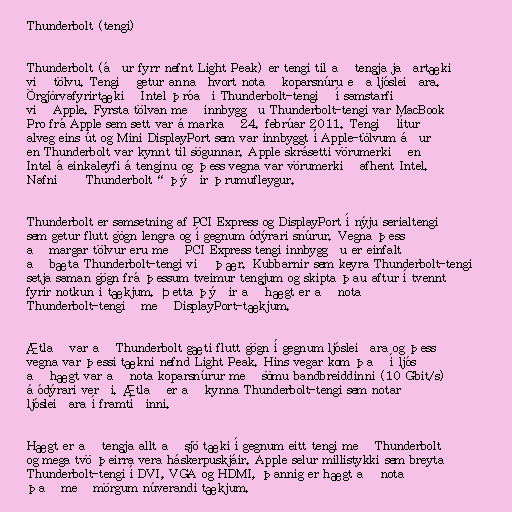
Thunderbolt (tengi)

Thunderbolt (áður fyrr nefnt Light Peak) er tengi til að tengja jaðartæki
við tölvu. Tengið getur annaðhvort notað koparsnúru eða ljósleiðara.
Örgjörvafyrirtækið Intel þróaði Thunderbolt-tengið í samstarfi
við Apple. Fyrsta tölvan með innbyggðu Thunderbolt-tengi var MacBook
Pro frá Apple sem sett var á markað 24. febrúar 2011. Tengið lítur
alveg eins út og Mini DisplayPort sem var innbyggt í Apple-tölvum áður
en Thunderbolt var kynnt til sögunnar. Apple skrásetti vörumerkið en
Intel á einkaleyfi á tenginu og þess vegna var vörumerkið afhent Intel.
Nafnið „Thunderbolt“ þýðir þrumufleygur.

Thunderbolt er samsetning af PCI Express og DisplayPort í nýju serialtengi
sem getur flutt gögn lengra og í gegnum ódýrari snúrur. Vegna þess
að margar tölvur eru með PCI Express tengi innbyggðu er einfalt
að bæta Thunderbolt-tengi við þær. Kubbarnir sem keyra Thunderbolt-tengi
setja saman gögn frá þessum tveimur tengjum og skipta þau aftur í tvennt
fyrir notkun í tækjum. Þetta þýðir að hægt er að nota
Thunderbolt-tengið með DisplayPort-tækjum.

Ætlað var að Thunderbolt gæti flutt gögn í gegnum ljósleiðara og þess
vegna var þessi tækni nefnd Light Peak. Hins vegar kom það í ljós
að hægt var að nota koparsnúrur með sömu bandbreiddinni (10 Gbit/s)
á ódýrari verði. Ætlað er að kynna Thunderbolt-tengi sem notar
ljósleiðara í framtíðinni.

Hægt er að tengja allt að sjö tæki í gegnum eitt tengi með Thunderbolt
og mega tvö þeirra vera háskerpuskjáir. Apple selur millistykki sem breyta
Thunderbolt-tengi í DVI, VGA og HDMI, þannig er hægt að nota
það með mörgum núverandi tækjum.